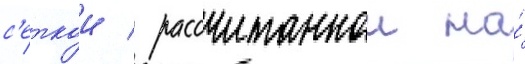
с'еткои / рассчитаннои на́